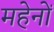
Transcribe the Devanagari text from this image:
महेनों